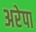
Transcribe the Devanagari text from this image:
अरेपा